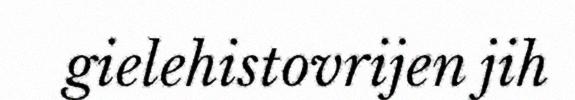
gielehistovrijen jih